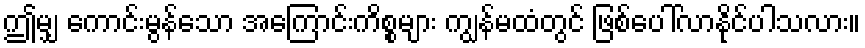
ဤမျှ ကောင်းမွန်သော အကြောင်းကိစ္စများ ကျွန်မထံတွင် ဖြစ်ပေါ်လာနိုင်ပါသလား။